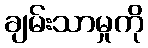
ချမ်းသာမှုကို